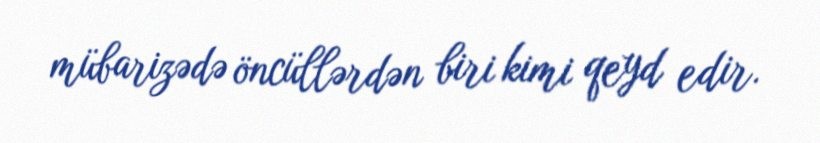
mübarizədə öncüllərdən biri kimi qeyd edir.